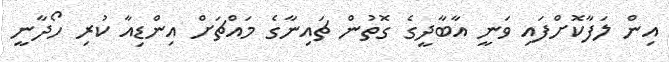
އިން ލަފާކޮށްފައި ވަނީ އާބާދީގެ ގޮތުން ޗައިނާގެ މައްޗަށް އިންޑިއާ ކުރި ހޯދާނީ